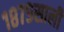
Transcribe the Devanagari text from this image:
१८७९साली